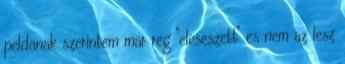
peldanak szerintem mar reg "elcseszett" es nem az lesz